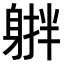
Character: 𨉠